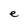
Character: e